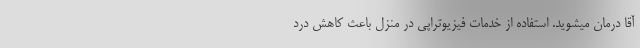
آقا درمان میشوید. استفاده از خدمات فیزیوتراپی در منزل باعث کاهش درد